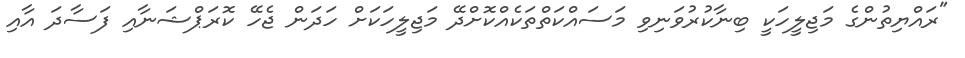
"ރައްޔިތުންގެ މަޖިލީހަކީ ބިނާކުރުވަނިވި މަސައްކަތްތަކެއްކޮށްދޭ މަޖިލީހަކަށް ހަދަން ޖެހޭ ކޮރަޕްޝަނާއި ފަސާދަ އާއި